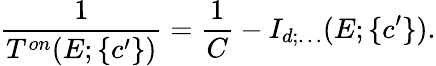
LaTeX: \displaystyle\frac{1}{T^{on}(E;\{ c^{\prime}\} )}=\displaystyle\frac{1}{C}-I_{d;\ldots}(E;\{ c^{\prime}\} ).